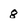
Character: 8